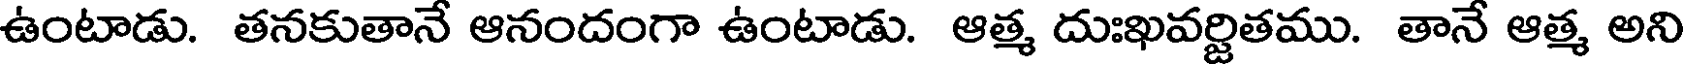
ఉంటాడు. తనకుతానే ఆనందంగా ఉంటాడు. ఆత్మ దుఃఖవర్జితము. తానే ఆత్మ అని